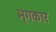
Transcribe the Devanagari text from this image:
भृंगकार